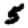
Digit: 5